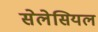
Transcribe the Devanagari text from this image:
सेलेसियल